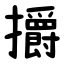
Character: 㩱